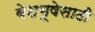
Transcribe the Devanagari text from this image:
वेशभूषेसाठी